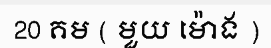
20 គម ( មួយ ម៉ោង )